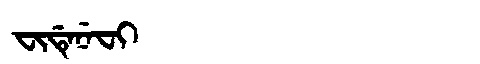
Manchu: ᠸᡳᡩᡝᠨᡝᠸᡳ
Romanization: FIDENEFI